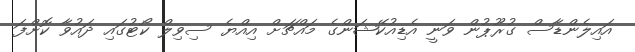
އައިލެންޑާސް ގުރޫޕުން ވަނީ އެޑިއުކޭޝަންގެ މައްޗަށް އިއްޔެ ސިވިލް ކޯޓުގައި ދައުވާ ކޮށްފަ